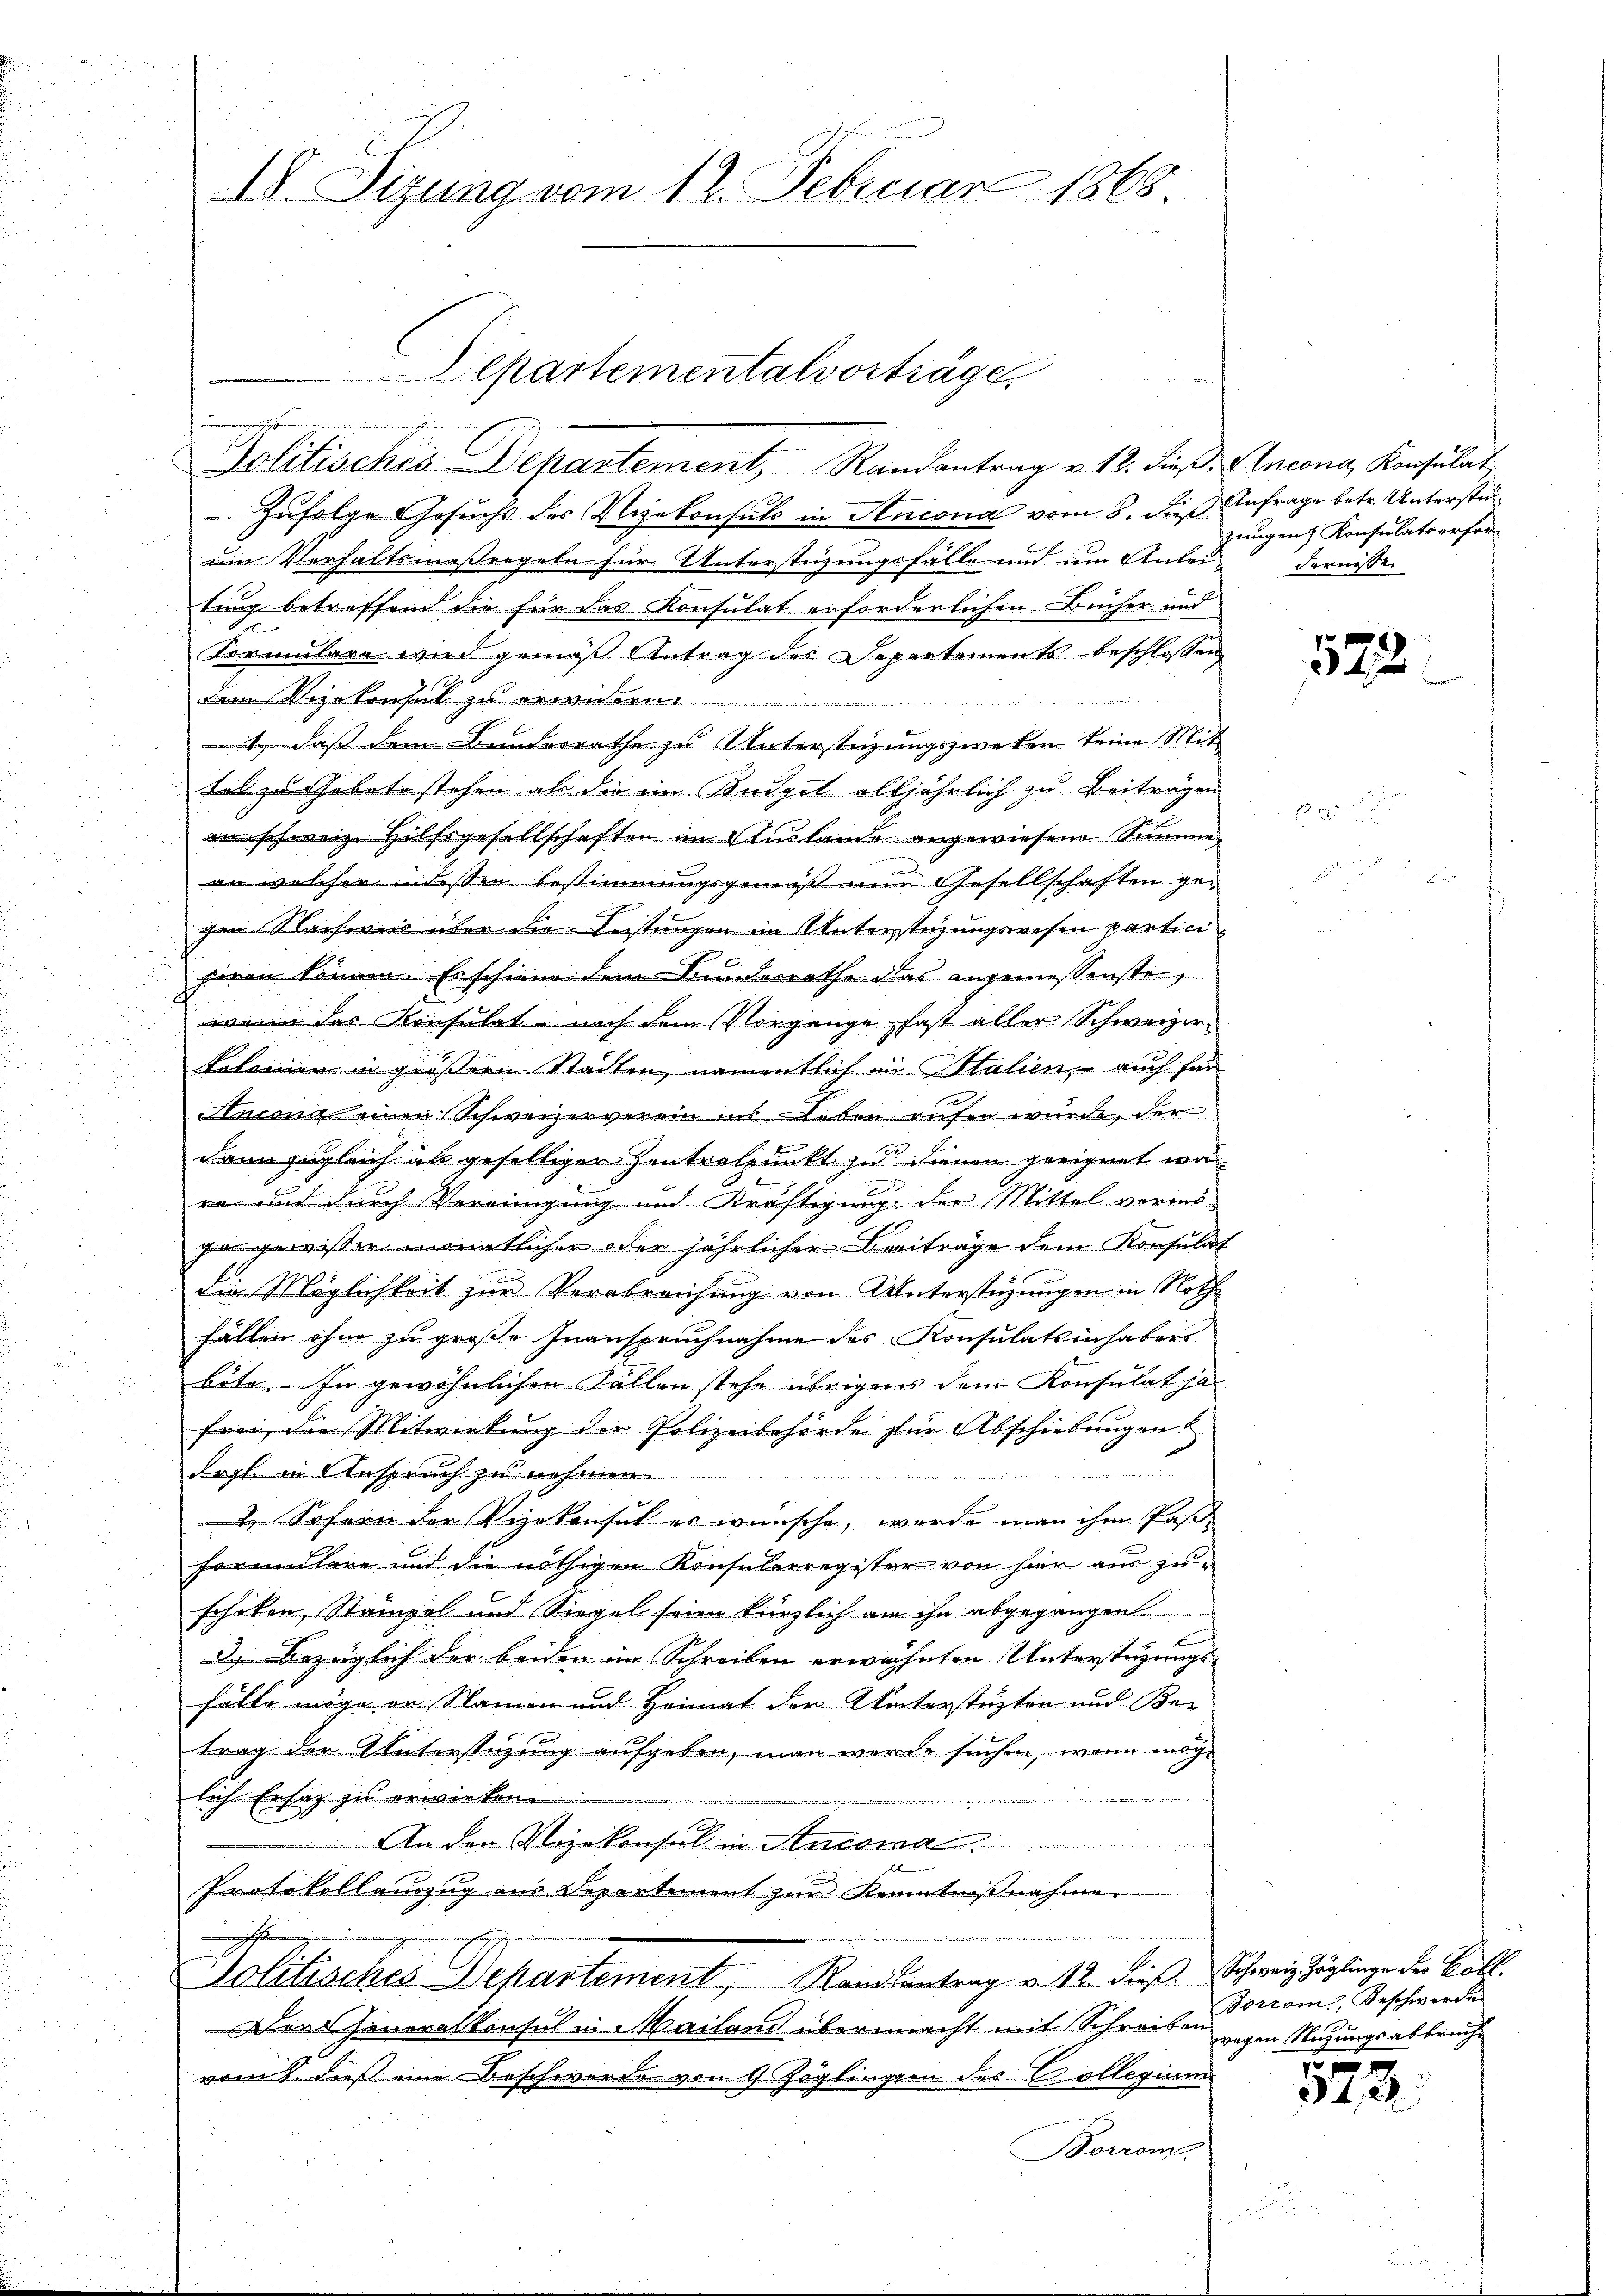
.

IV. Sitzung vom 12. Februar 1868.

Zufolge Gesuchs des Vizekonsuls in Ancona vom 8. dieß Anfrage betr. Unterstüum Verhaltsmaßregeln für Unterstüzungsfälle und um Anlei-
tung betroffend die für das Konsulat erforderlichen Bücher und

Formulare wird gemäß Antrag des Departements beschlossen

dem Vizekonsul zu erwidern
1, daß dem Bundesrathe zu Unterstüzungszwecken keine Mittel zu Gebete stehen als die im Beiget alljährlich zu Beiträgen
in schweiz. Hilfsgesellschaften im Auslande angewiesene Summe
an welcher indessen bestimmungsgemäß und Gesellschaften gegen Nachweis über die Leistungen im Unterstüzungswesen partini
heren können. Es schiene dem Bundesrathe das angemessenste,
wenn das Konsulat nach dem Vorgange fast aller Schweizerkolonien in größern Städten, namentlich in Italien, auch für
Ansona einen Schweizerverein ins Leben rufen wurde, der
dann zugleich als geselliger Zentralpunkt zu dienen geeignet wa
ra und durch Vereinigung und Kräftigung der Mittel vormögangewisser monatlicher oder jährlicher Beiträge dem Konsulat
die Möglichkeit zur Verabreichung von Unterstüzungen in Nothhälten ihn zu große Inanspruchnahme des Konsulatsinhabers
bäte. - In gewöhnlichen Fallen stehe übrigens dem Konsulat ha
frei, die Mitwirkung der Polizeibehörde zur Abschiebungen
d
drgl. in Anspruch zu
 Sofern der Vizekonsul er wünsche, werde man ihm Past-
Formulare und die nöthigen Konsularregister von hier am zuschiken, Stempel und Siegel seien kürzlich an ihn abgegangen.
x
3 Bezüglich der beiden im Schreiben erwähnten Unterstüzungsfälle möge in Namen und Heimat der Unterstüzten und Ber
trag der Unterstüzung aufgeben, man werde suchen, wenn mög-
lich Ersatz zu erwirken.
nution
An den Vizekonsul in Anton
Protokollenzug aus Departement zur Kenntnißnahmen
F
Golitisches Departement, Randsantrag von 12. dieß. Schweiz Zöglinge der Ball
Der Generalkonsul in Mailand übermacht mit Schreiben
vom 8. dieß eine Beschwerde von 9 Zöglingern des Collegium
Borrom

Departementalvorträge
wachtungenommenen Zin
Politisches Departement, Randantrag v. 12. dieβ. Ancona, Konsulat

zungen Konsulats erfordernisse

573.

Borrom, Beschwerde
wegen Nazungsabbrech

1
242